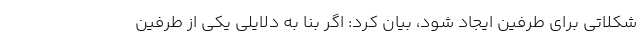
شکلاتی برای طرفین ایجاد شود، بیان کرد: اگر بنا به دلایلی یکی از طرفین